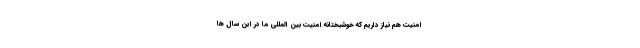
امنیت هم نیاز داریم که خوشبختانه امنیت بین المللی ما در این سال ها